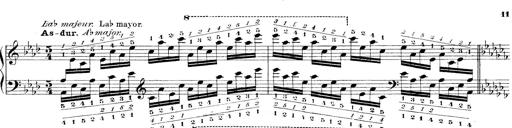
Title: Technische Studien
Composer: Franz Liszt